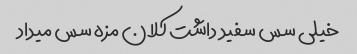
خیلی سس سفید داشت کلان مزه سس میداد